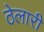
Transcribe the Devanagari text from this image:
ठेलारी